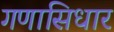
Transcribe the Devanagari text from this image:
गणासिधार